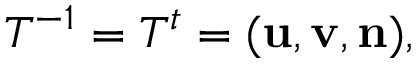
T ^ { - 1 } = T ^ { t } = ( { \bf u } , { \bf v } , { \bf n } ) ,